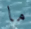
ما